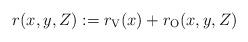
LaTeX: \begin{align*}r(x, y, Z) := r_{\mathrm{V}}(x) + r_{\mathrm{O}}(x, y, Z)\end{align*}